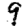
Digit: 9